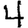
Digit: 4